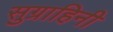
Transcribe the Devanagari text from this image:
सुग्राहिनी